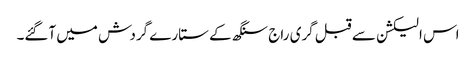
اس الیکشن سے قبل گری راج سنگھ کے ستارے گردش میں آگئے۔